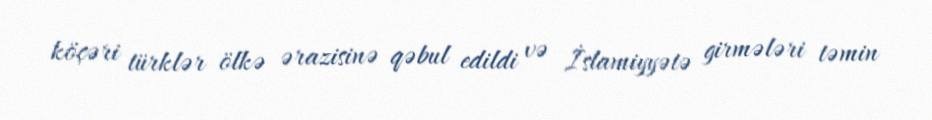
köçəri türklər ölkə ərazisinə qəbul edildi və İslamiyyətə girmələri təmin